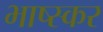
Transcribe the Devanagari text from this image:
भाष्स्कर